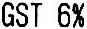
GST 6%